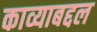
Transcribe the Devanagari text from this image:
काव्याबद्दल